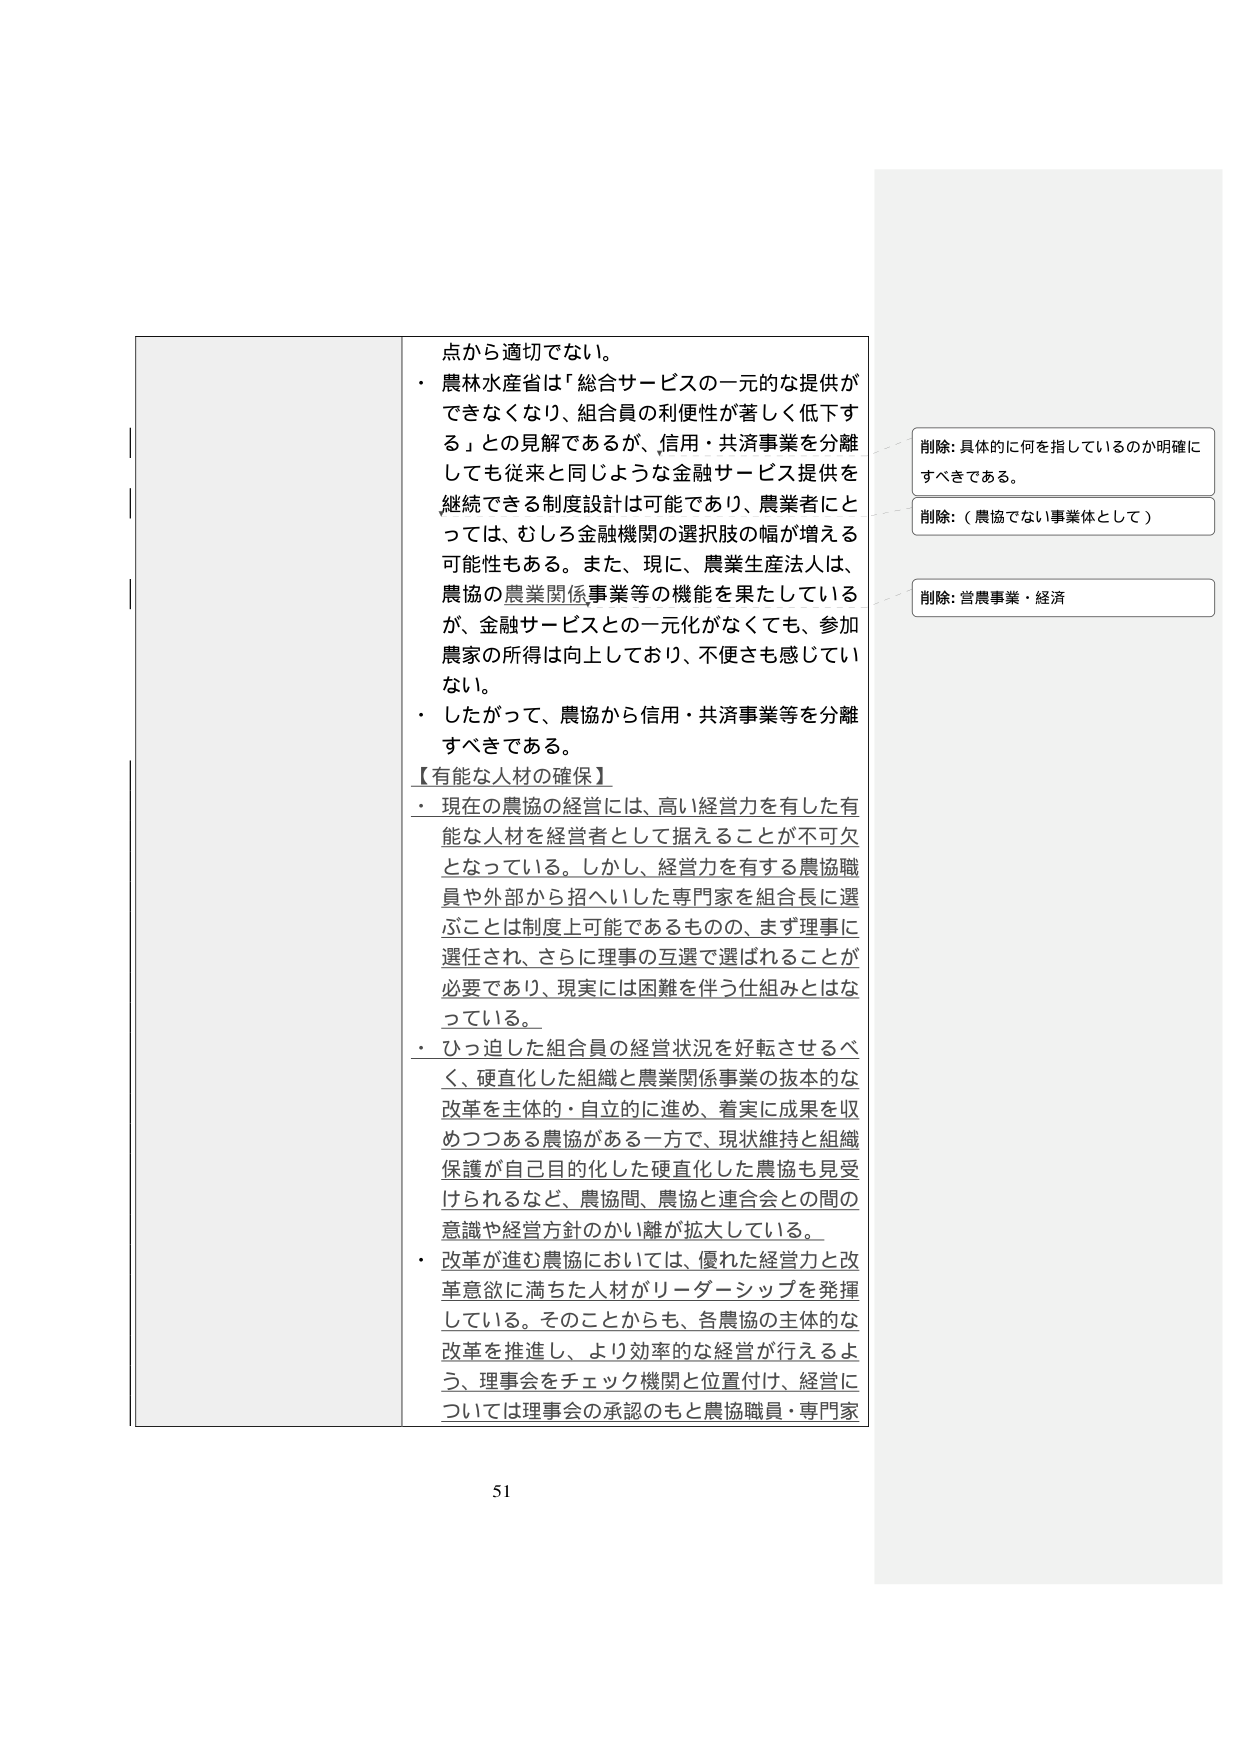
点から適切でない。
・ 農林水産省は「総合サービスの一元的な提供が
できなくなり、組合員の利便性が著しく低下す
る」との見解であるが、信用・共済事業を分離
しても従来と同じような金融サービス提供を
継続できる制度設計は可能であり、農業者にと
っては、むしろ金融機関の選択肢の幅が増える
可能性もある。また、現に、農業生産法人は、
農協の農業関係事業等の機能を果たしている
が、金融サービスとの一元化がなくても、参加
農家の所得は向上しており、不便さも感じてい
ない。
・ したがって、農協から信用・共済事業等を分離
すべきである。
【有能な人材の確保】
・ 現在の農協の経営には、高い経営力を有した有
能な人材を経営者として据えることが不可欠
となっている。しかし、経営力を有する農協職
員や外部から招へいした専門家を組合長に選
ぶことは制度上可能であるものの、まず理事に
選任され、さらに理事の互選で選ばれることが
必要であり、現実には困難を伴う仕組みとはな
っている。
・ ひっ迫した組合員の経営状況を好転させるべ
く、硬直化した組織と農業関係事業の抜本的な
改革を主体的・自立的に進め、着実に成果を収
めつつある農協がある一方で、現状維持と組織
保護が自己目的化した硬直化した農協も見受
けられるなど、農協間、農協と連合会との間の
意識や経営方針のかい離が拡大している。
・ 改革が進む農協においては、優れた経営力と改
革意欲に満ちた人材がリーダーシップを発揮
している。そのことからも、各農協の主体的な
改革を推進し、より効率的な経営が行えるよ
う、理事会をチェック機関と位置付け、経営に
ついては理事会の承認のもと農協職員・専門家

削除: 具体的に何を指しているのか明確に
すべきである。
削除: （農協でない事業体として）
削除: 営農事業・経済

51